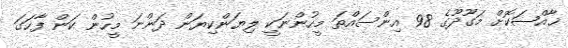
ޚާއްޞަކޮށް މަގޫދޫގެ 98 އިންސައްތަ މީހުންނަކީ ލިޔަންކިޔަން ދަންނަ މީހުން ކަން ފާހަގަ